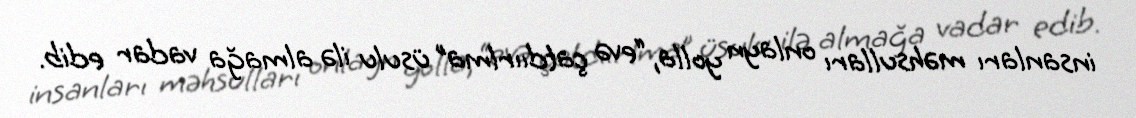
insanları məhsulları onlayn yolla, “evə çatdıırlma” üsulu ilə almağa vadar edib.